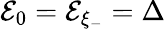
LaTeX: \mathcal{E}_{0}=\mathcal{E}_{\xi_{-}}=\Delta